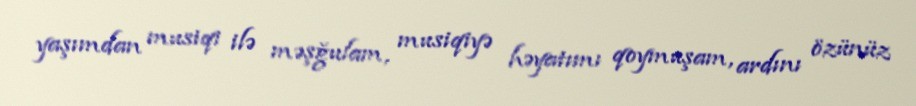
yaşımdan musiqi ilə məşğulam, musiqiyə həyatımı qoymuşam, ardını özünüz